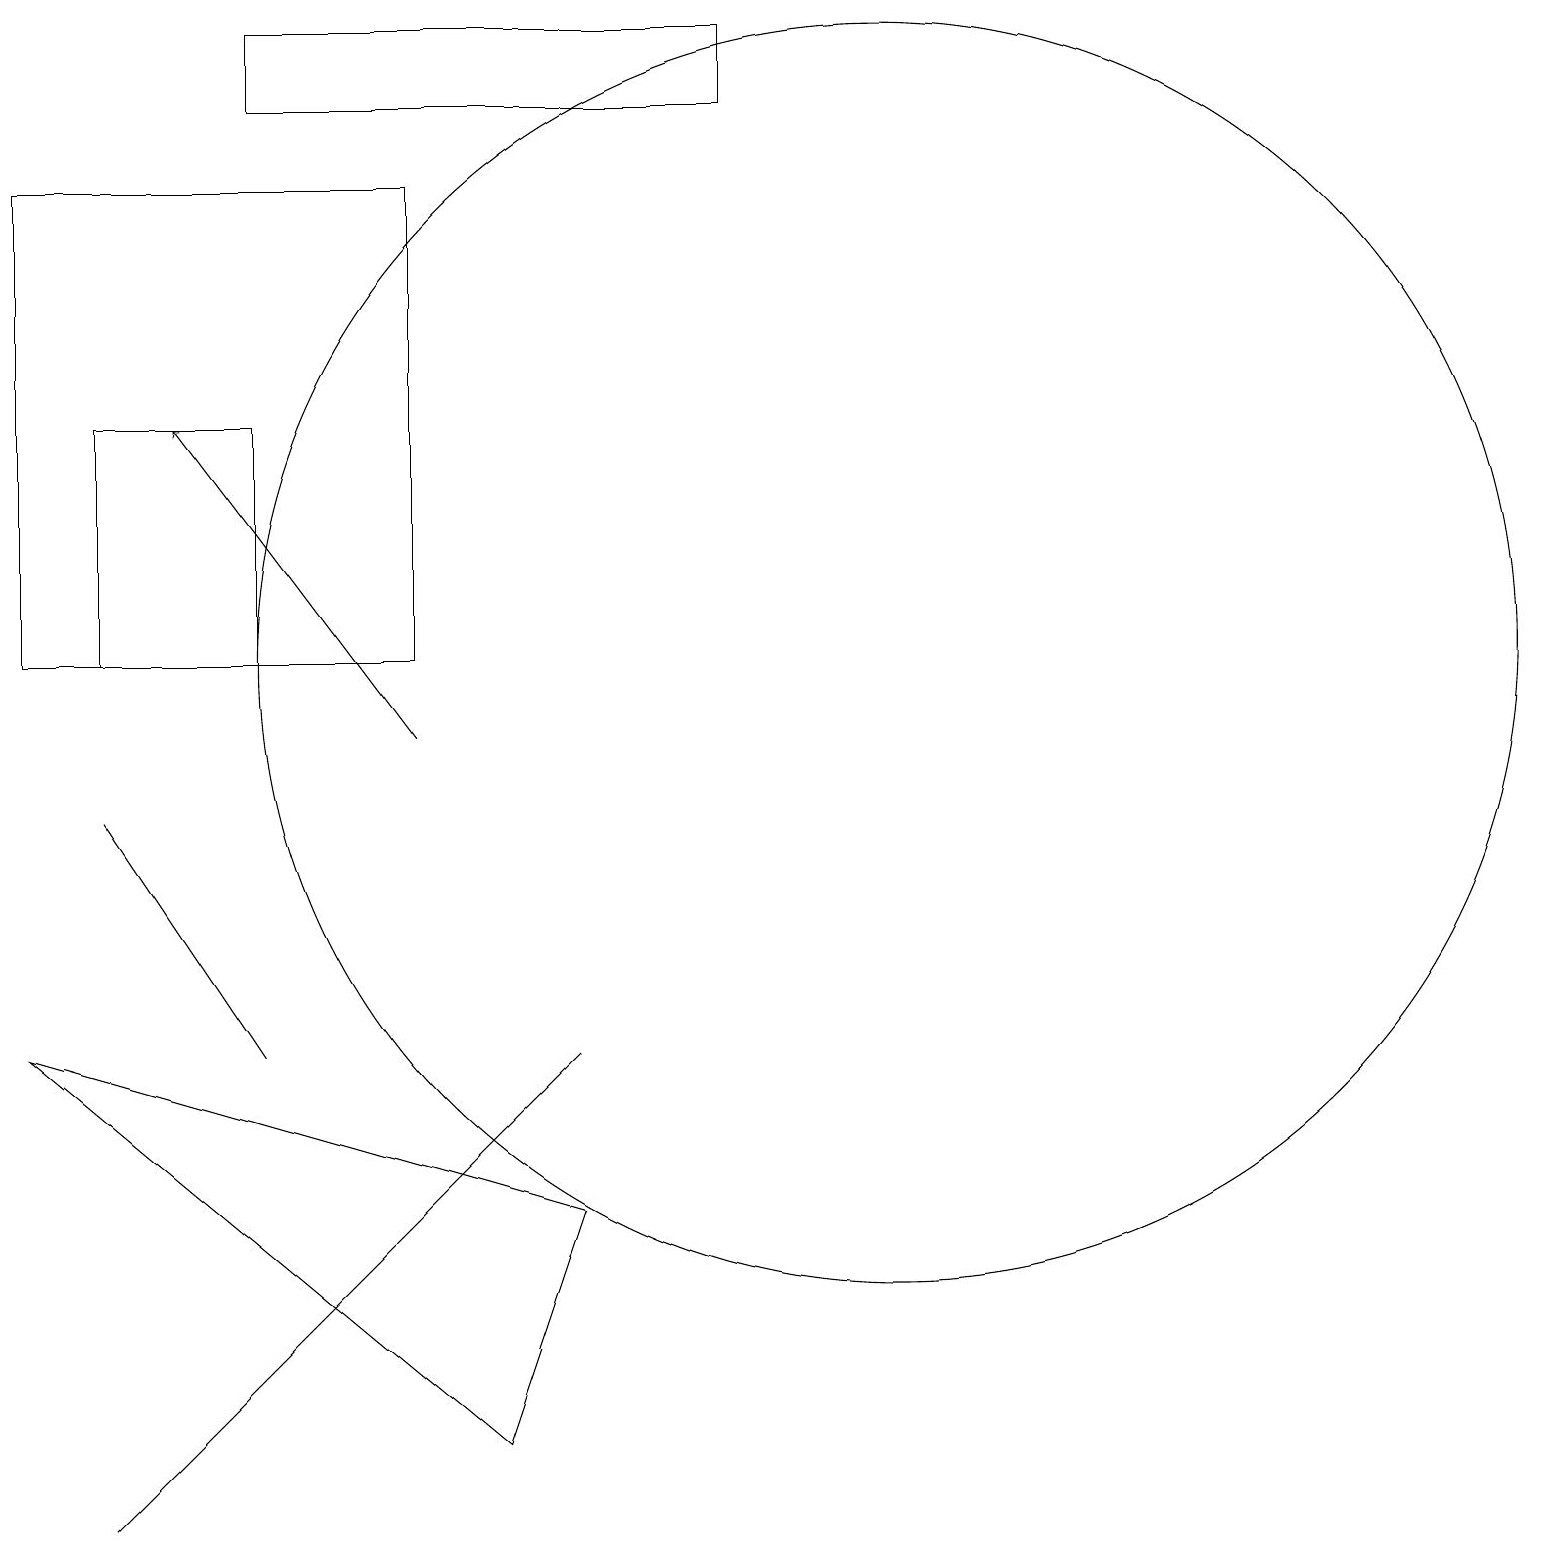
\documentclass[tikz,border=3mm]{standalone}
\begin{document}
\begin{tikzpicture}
\draw (1,11) rectangle (3,14);
\draw (11,11) circle (8);
\draw (1,0) -- (7,6) -- (3,2) -- cycle;
\draw[->] (5,10) -- (2,14);
\draw (6,1) -- (0,6) -- (7,4) -- cycle;
\draw (3,6) -- (1,9) -- (1,9) -- cycle;
\draw (5,17) rectangle (0,11);
\draw (3,18) rectangle (9,19);
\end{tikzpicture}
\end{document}